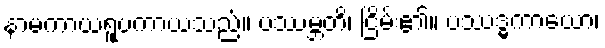
နာမကာယရူပကာယသည်။ ပဿမ္ဘတိ၊ ငြိမ်း၏။ ပဿဒ္ဓကာယော၊